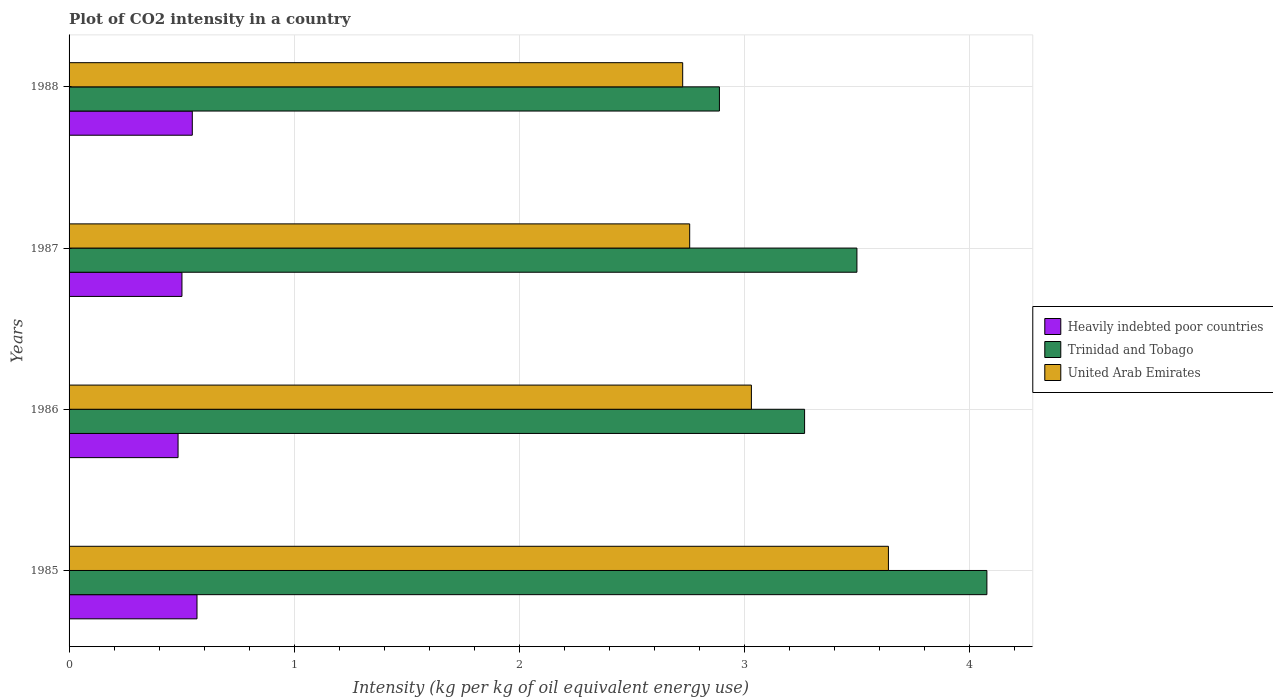
| Years | Heavily indebted poor countries | Trinidad and Tobago | United Arab Emirates |
 | --- | --- | --- | --- |
 | 1985 | 0.568 | 4.08 | 3.64 |
 | 1986 | 0.484 | 3.27 | 3.03 |
 | 1987 | 0.501 | 3.5 | 2.76 |
 | 1988 | 0.547 | 2.89 | 2.73 |